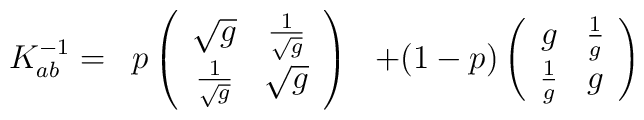
\begin{array}{ccc} K^{-1}_{ab} = & p \left(\begin{array}{cc} \sqrt{g} & { 1 \over  \sqrt{g}} \\{1 \over  \sqrt{g}} &  \sqrt{g}\end{array} \right) & + (1-p)\left(\begin{array}{cc}g & { 1 \over g} \\{1 \over g} &  g\end{array} \right)\end{array}